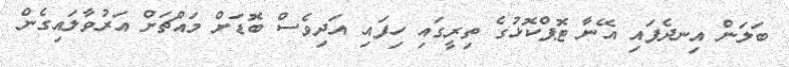
ބަލަން އިނދެފައި އޭނާ ޓޮޕްކޮޅުގެ ތިރީގައި ހިފައި އަދިވެސް ބޮޑަށް މައްޗަށް އަރުވާލައިގެން